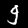
Label: 9